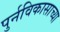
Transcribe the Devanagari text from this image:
पुर्नविकासाच्या